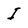
Character: I